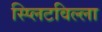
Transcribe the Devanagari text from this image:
स्प्लिटविल्ला